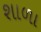
શાળા